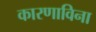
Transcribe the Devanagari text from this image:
कारणाविना